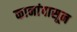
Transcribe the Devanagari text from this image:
कानांपासून